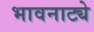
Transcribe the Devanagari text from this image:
भावनाट्ये